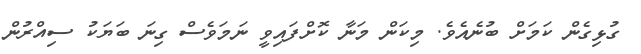
ގުޅިގެން ކަމަށް ބުނެއެވެ. މިކަން މަނާ ކޮށްފައިވީ ނަމަވެސް ގިނަ ބަޔަކު ސިއްރުން